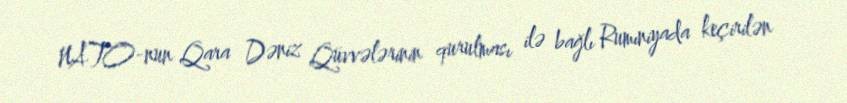
NATO-nun Qara Dəniz Qüvvələrinin qurulması ilə bağlı Rumıniyada keçirilən